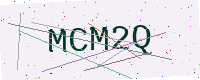
Text: MCM2Q